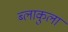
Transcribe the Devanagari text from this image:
ब्लाकुला